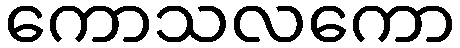
ကောသလကော